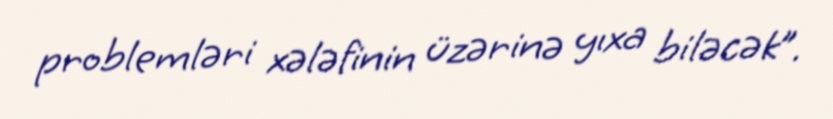
problemləri xələfinin üzərinə yıxa biləcək”.